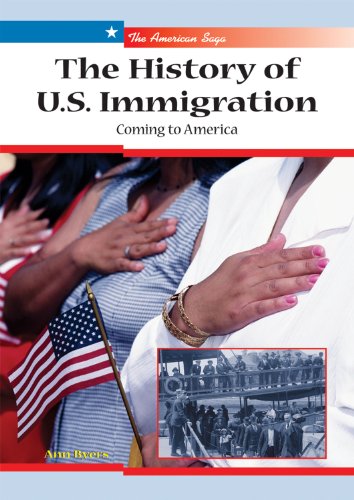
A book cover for The History of U.S. Immigration: Coming to America (American Saga); Ann Byers; Children's Books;